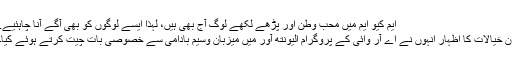
ایم کیو ایم میں محب وطن اور پڑھے لکھے لوگ آج بھی ہیں، لہٰذا ایسے لوگوں کو بھی آگے آنا چاہئیے.
ان خیالات کا اظہار انہوں نے اے آر وائی کے پروگرام الیونتھ آور میں میزبان وسیم بادامی سے خصوصی بات چیت کرتے ہوئے کیا۔